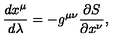
\frac { d x ^ { \mu } } { d \lambda } = - g ^ { \mu \nu } \frac { \partial S } { \partial x ^ { \nu } } ,